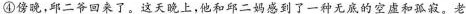
④傍晚，邱二爷回来了。这天晚上，他和邱二妈感到了一种无底的空虚和孤寂，老